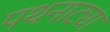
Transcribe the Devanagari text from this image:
पथनाट्या